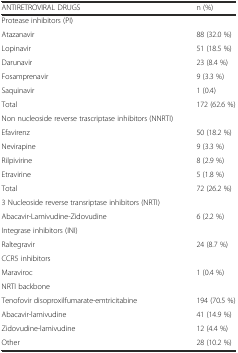
<table><thead><tr><td><b>ANTIRETROVIRAL DRUGS</b></td><td><b>n (%)</b></td></tr></thead><tbody><tr><td colspan="2">Protease inhibitors (PI)</td></tr><tr><td>Atazanavir</td><td>88 (32.0 %)</td></tr><tr><td>Lopinavir</td><td>51 (18.5 %)</td></tr><tr><td>Darunavir</td><td>23 (8.4 %)</td></tr><tr><td>Fosamprenavir</td><td>9 (3.3 %)</td></tr><tr><td>Saquinavir</td><td>1 (0.4)</td></tr><tr><td>Total</td><td>172 (62.6 %)</td></tr><tr><td colspan="2">Non nucleoside reverse trascriptase inhibitors (NNRTI)</td></tr><tr><td>Efavirenz</td><td>50 (18.2 %)</td></tr><tr><td>Nevirapine</td><td>9 (3.3 %)</td></tr><tr><td>Rilpivirine</td><td>8 (2.9 %)</td></tr><tr><td>Etravirine</td><td>5 (1.8 %)</td></tr><tr><td>Total</td><td>72 (26.2 %)</td></tr><tr><td colspan="2">3 Nucleoside reverse transriptase inhibitors (NRTI)</td></tr><tr><td>Abacavir-Lamivudine-Zidovudine</td><td>6 (2.2 %)</td></tr><tr><td colspan="2">Integrase inhibitors (INI)</td></tr><tr><td>Raltegravir</td><td>24 (8.7 %)</td></tr><tr><td>CCR5 inhibitors</td><td></td></tr><tr><td>Maraviroc</td><td>1 (0.4 %)</td></tr><tr><td colspan="2">NRTI backbone</td></tr><tr><td>Tenofovir disoproxilfumarate-emtricitabine</td><td>194 (70.5 %)</td></tr><tr><td>Abacavir-lamivudine</td><td>41 (14.9 %)</td></tr><tr><td>Zidovudine-lamivudine</td><td>12 (4.4 %)</td></tr><tr><td>Other</td><td>28 (10.2 %)</td></tr></tbody></table>